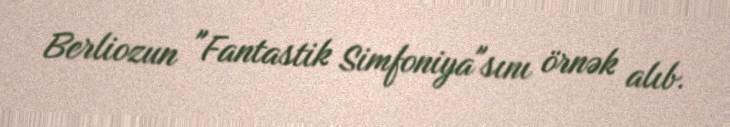
Berliozun "Fantastik Simfoniya"sını örnək alıb.